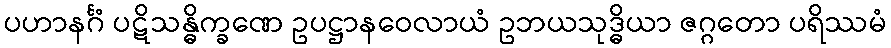
ပဟာနင်္ဂံ ပဋိသန္ဓိက္ခဏေ ဥပဋ္ဌာနဝေလာယံ ဥဘယသုဒ္ဓိယာ ဇဂ္ဂတော ပရိဿမံ